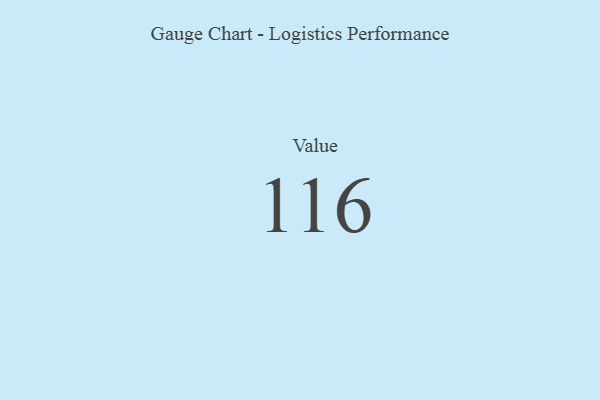
{"axis": {"x": "Metric", "y": "Value"}, "legend": [""], "data": [{"x": "Value", "y": 116, "type": ""}]}